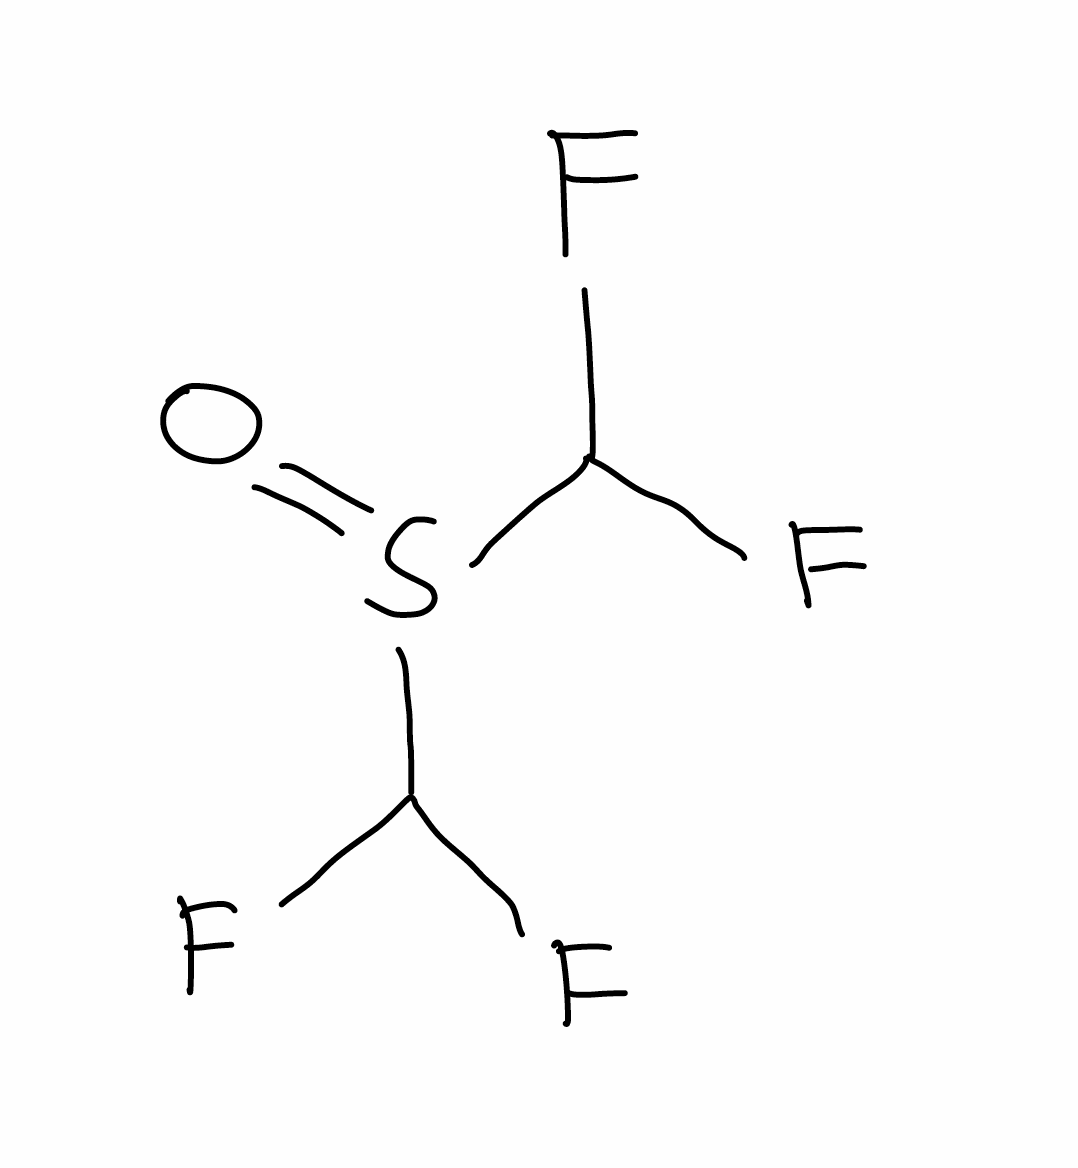
Simplified molecular-input line-entry system (SMILES) notation of the given molecule:
C(F)(F)S(=O)C(F)F